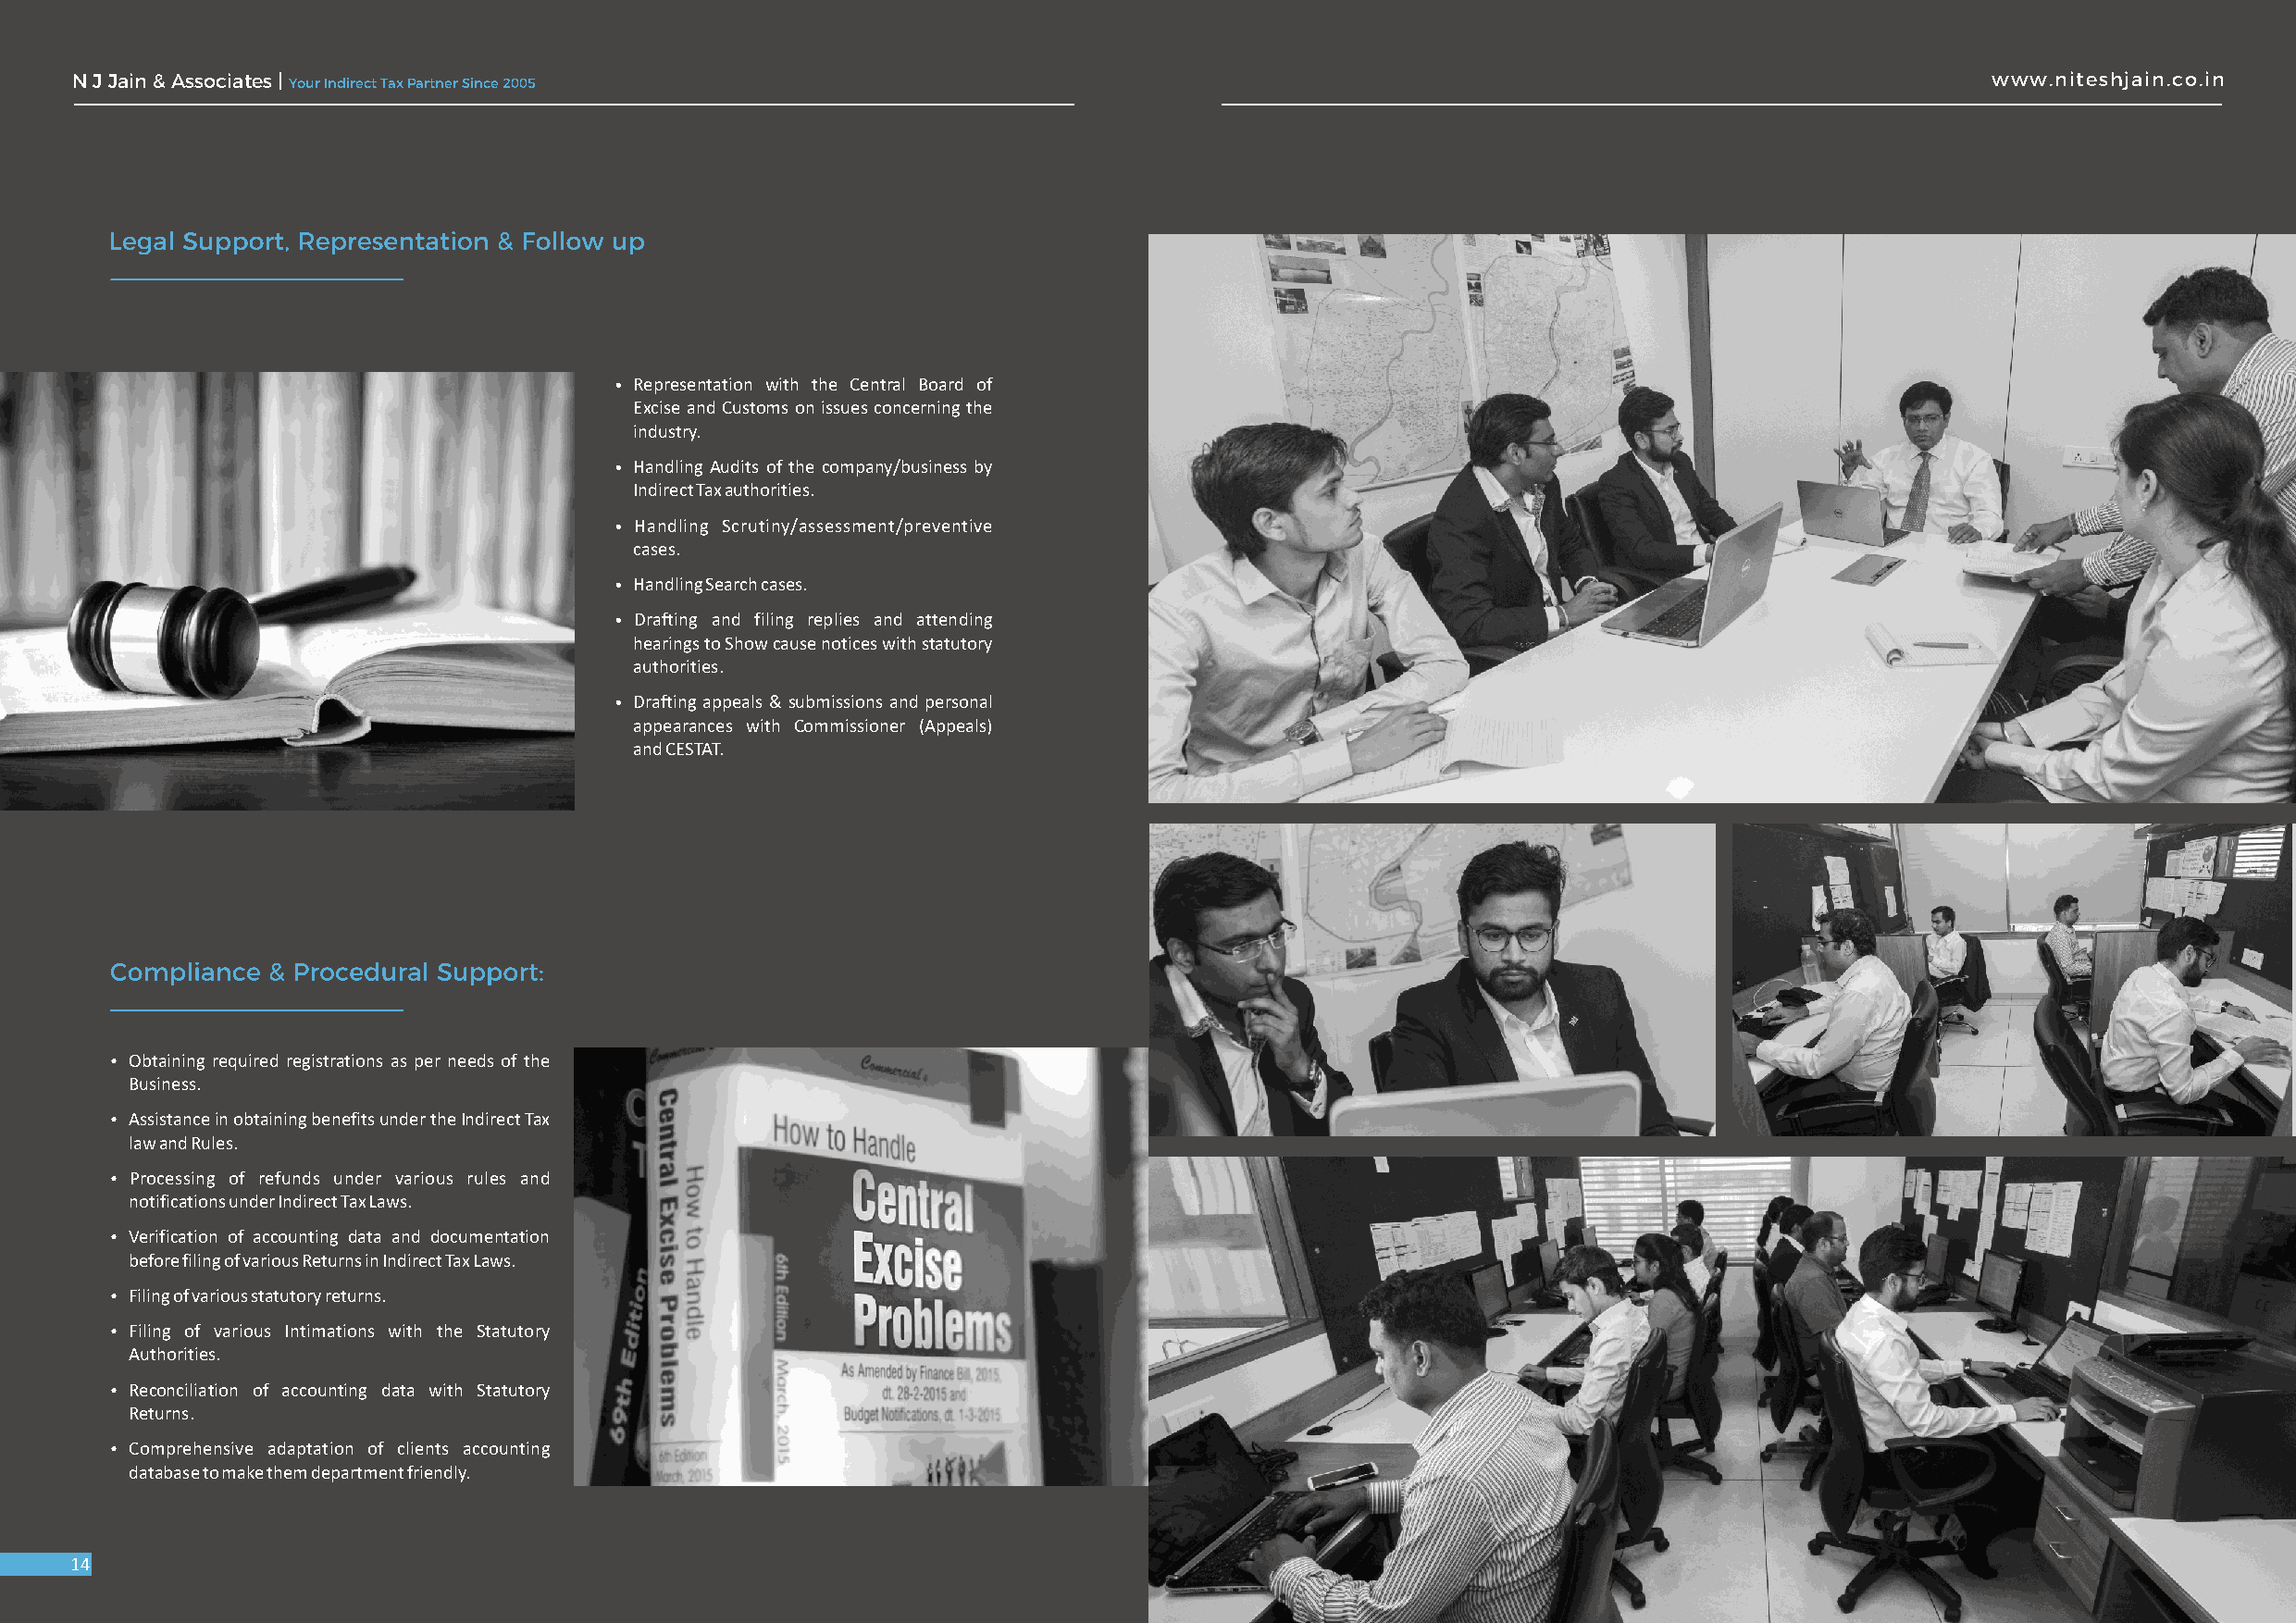
N J Jain & Associates | Your Indirect Tax Partner Since 2005                                                                             www.niteshjain.co.in
 • Representation with the Central Board of
 Excise and Customs on issues concerning the
 industry.
 • Handling Audits of the company/business by
 Indirect Tax authorities.
 • Handling Scrutiny/assessment/preventive
 cases.
 • Handling Search cases.
 • Drafting and filing replies and attending
 hearings to Show cause notices with statutory
 authorities.
 • Drafting appeals & submissions and personal
 appearances with Commissioner (Appeals)
 and CESTAT.
 Ÿ Obtaining required registrations as per needs of the
 Business.
 Ÿ Assistance in obtaining benefits under the Indirect Tax
 law and Rules.
 Ÿ Processing of refunds under various rules and
 notifications under Indirect Tax Laws.
 Ÿ Verification of accounting data and documentation
 before filing of various Returns in Indirect Tax Laws.
 Ÿ Filing of various statutory returns.
 Ÿ Filing of various Intimations with the Statutory
 Authorities.
 Ÿ Reconciliation of accounting data with Statutory
 Returns.
 Ÿ Comprehensive adaptation of clients accounting
 database to make them department friendly.
 14